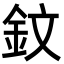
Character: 鈫